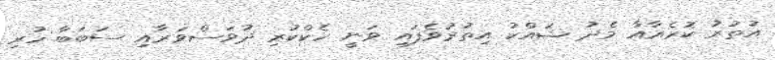
އުތުރު ކޮރެއާއާ މެދު ޝައްކު އިތުރުވެފައި ވަނީ ހެކްކުރި ދުވަސްވަރާއި ސަބަބާ ހުރި